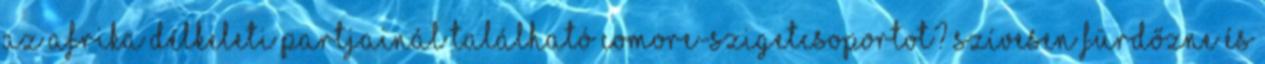
az Afrika délkeleti partjainál található Comore-szigetcsoportot? Szívesen fürdőzne és